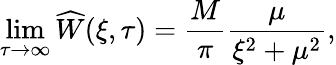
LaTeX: \operatorname*{lim}_{\tau\to\infty}\widehat{W}(\xi,\tau)=\frac{M}{\pi}\frac{\mu}{\xi^{2}+\mu^{2}},